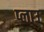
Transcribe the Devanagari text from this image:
प्लाउ